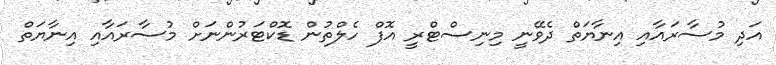
އަދި މުސާރައާއި އިނާޔަތް ދެވޭނީ މިނިސްޓްރީ އޮފް ހެލްތުން ޑޮކްޓަރުންނަށް މުސާރައާއި އިނާޔަތް